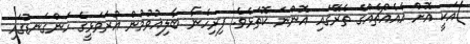
)އަކީ އޮށް އެއެއްޗެއްގެ ތެރޭގައި އޮންނަ ކޮތަޅެވެ. ފިރިހެނާ ބާލިޣުވުމުން އުރަވަޅީގެ ހަންގަނޑުގައި